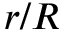
r / R